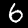
Digit: 6